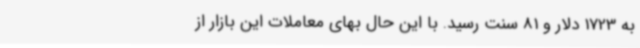
به 1723 دلار و 81 سنت رسید. با این حال بهای معاملات این بازار از